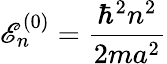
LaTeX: \mathscr{E}_{n}^{(0)}={\frac{{\hbar^{2}n^{2}}}{{2ma^{2}}}}